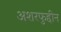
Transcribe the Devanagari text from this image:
अशरफुद्दीन